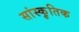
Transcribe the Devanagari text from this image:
सांस्कृ़तिक